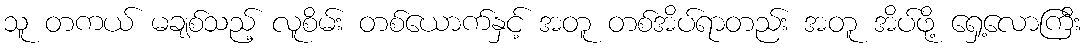
သူ တကယ် မချစ်သည့် လူစိမ်း တစ်ယောက်နှင့် အတူ တစ်အိပ်ရာတည်း အတူ အိပ်ဖို့ ရှေ့လောကြီး